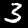
Label: 3